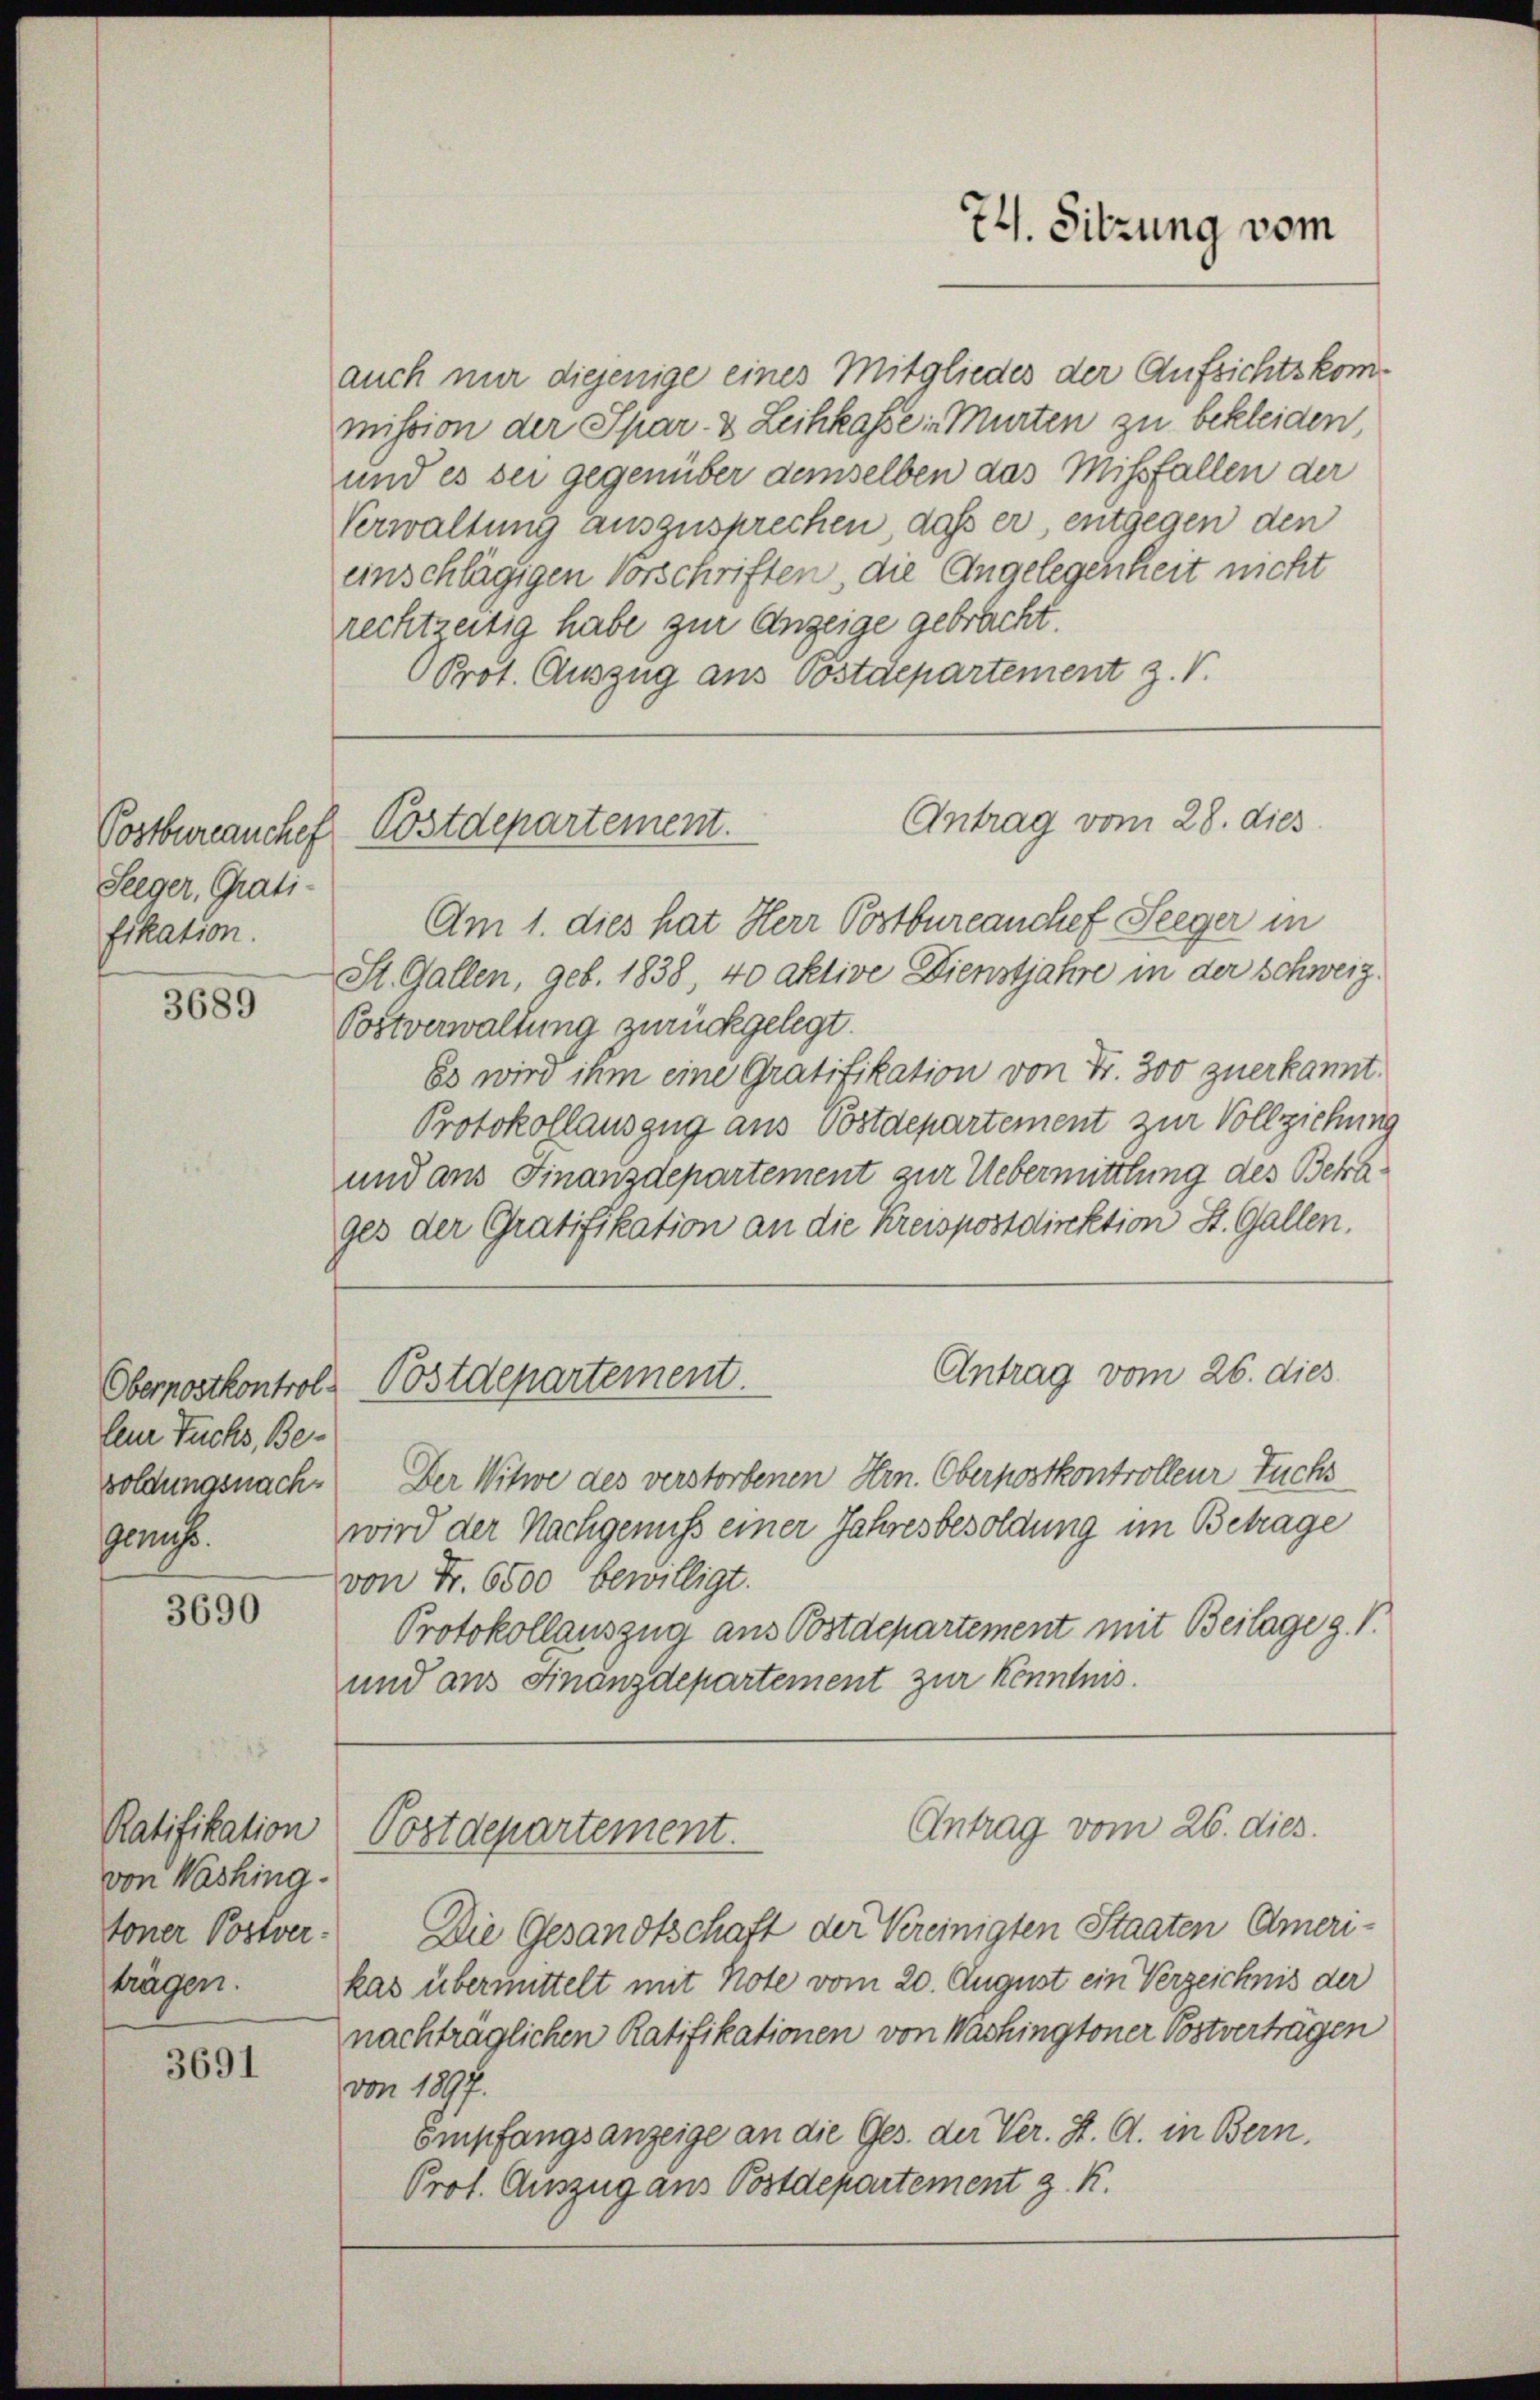
Seeger, Grati-
fikation.

3689

leur Fuchs, Be¬
Genuss.

3690

Ratifikation
von Washing.
toner Postver-
trägen.

3691

auch nur diejenige eines Mitgliedes der Aufsichtskommission der Spar- & Leihkasse: Murten zu bekleiden
und es sei gegenüber demselben das Missfallen der
Verwaltung auszusprechen, daß er, entgegen den
einschlägigen Vorschriften, die Angelegenheit nicht
rechtzeitig habe zur Anzeige gebracht.
Prot. Auszug aus Postdepartement z. V.

Postverwaltung zurückgelegt.

74. Sitzung vom

Antrag vom 28. dies
Postbureanchef Postdepartement.

Antrag vom 26. dies.
Postdepartement.

Am 1. dies hat Herr Postbureauchef Seeger in
St. Gallen, geb. 1838, 40 aktive Dienstjahre in der schweiz
Es wird ihm eine Gratifikation von Fr. 300 zuerkannt.
Protokollauszug aus Postdepartement zur Vollziehung
und aus Finanzdepartement zur Uebermittlung des Betrages der Gratifikation an die Kreispostdirektion St. Gallen.
Antrag vom 26. dies
Obernostkontrols Postdepartement.
soldungsnach. Der Witwe des verstorbenen Hrn. Oberpostkontrolleur Fuchs
wird der Nachgenuß einer Jahresbesoldung im Betrage
von Fr. 6500 bewilligt.
Protokollauszug aus Postdepartement mit Beilage z. B.
und aus Finanzdepartement zur Kenntnis.

Die Gesandtschaft der Vereinigten Staaten Amerikas übermittelt mit Note vom 20. August ein Verzeichnis der
nachträglichen Ratifikationen von Washingtoner Postverträgen
von 1897.
Empfangsanzeige an die Ges. der Ver. K. A. in Bern.
Prot. Auszug aus Postdepartement z. K.